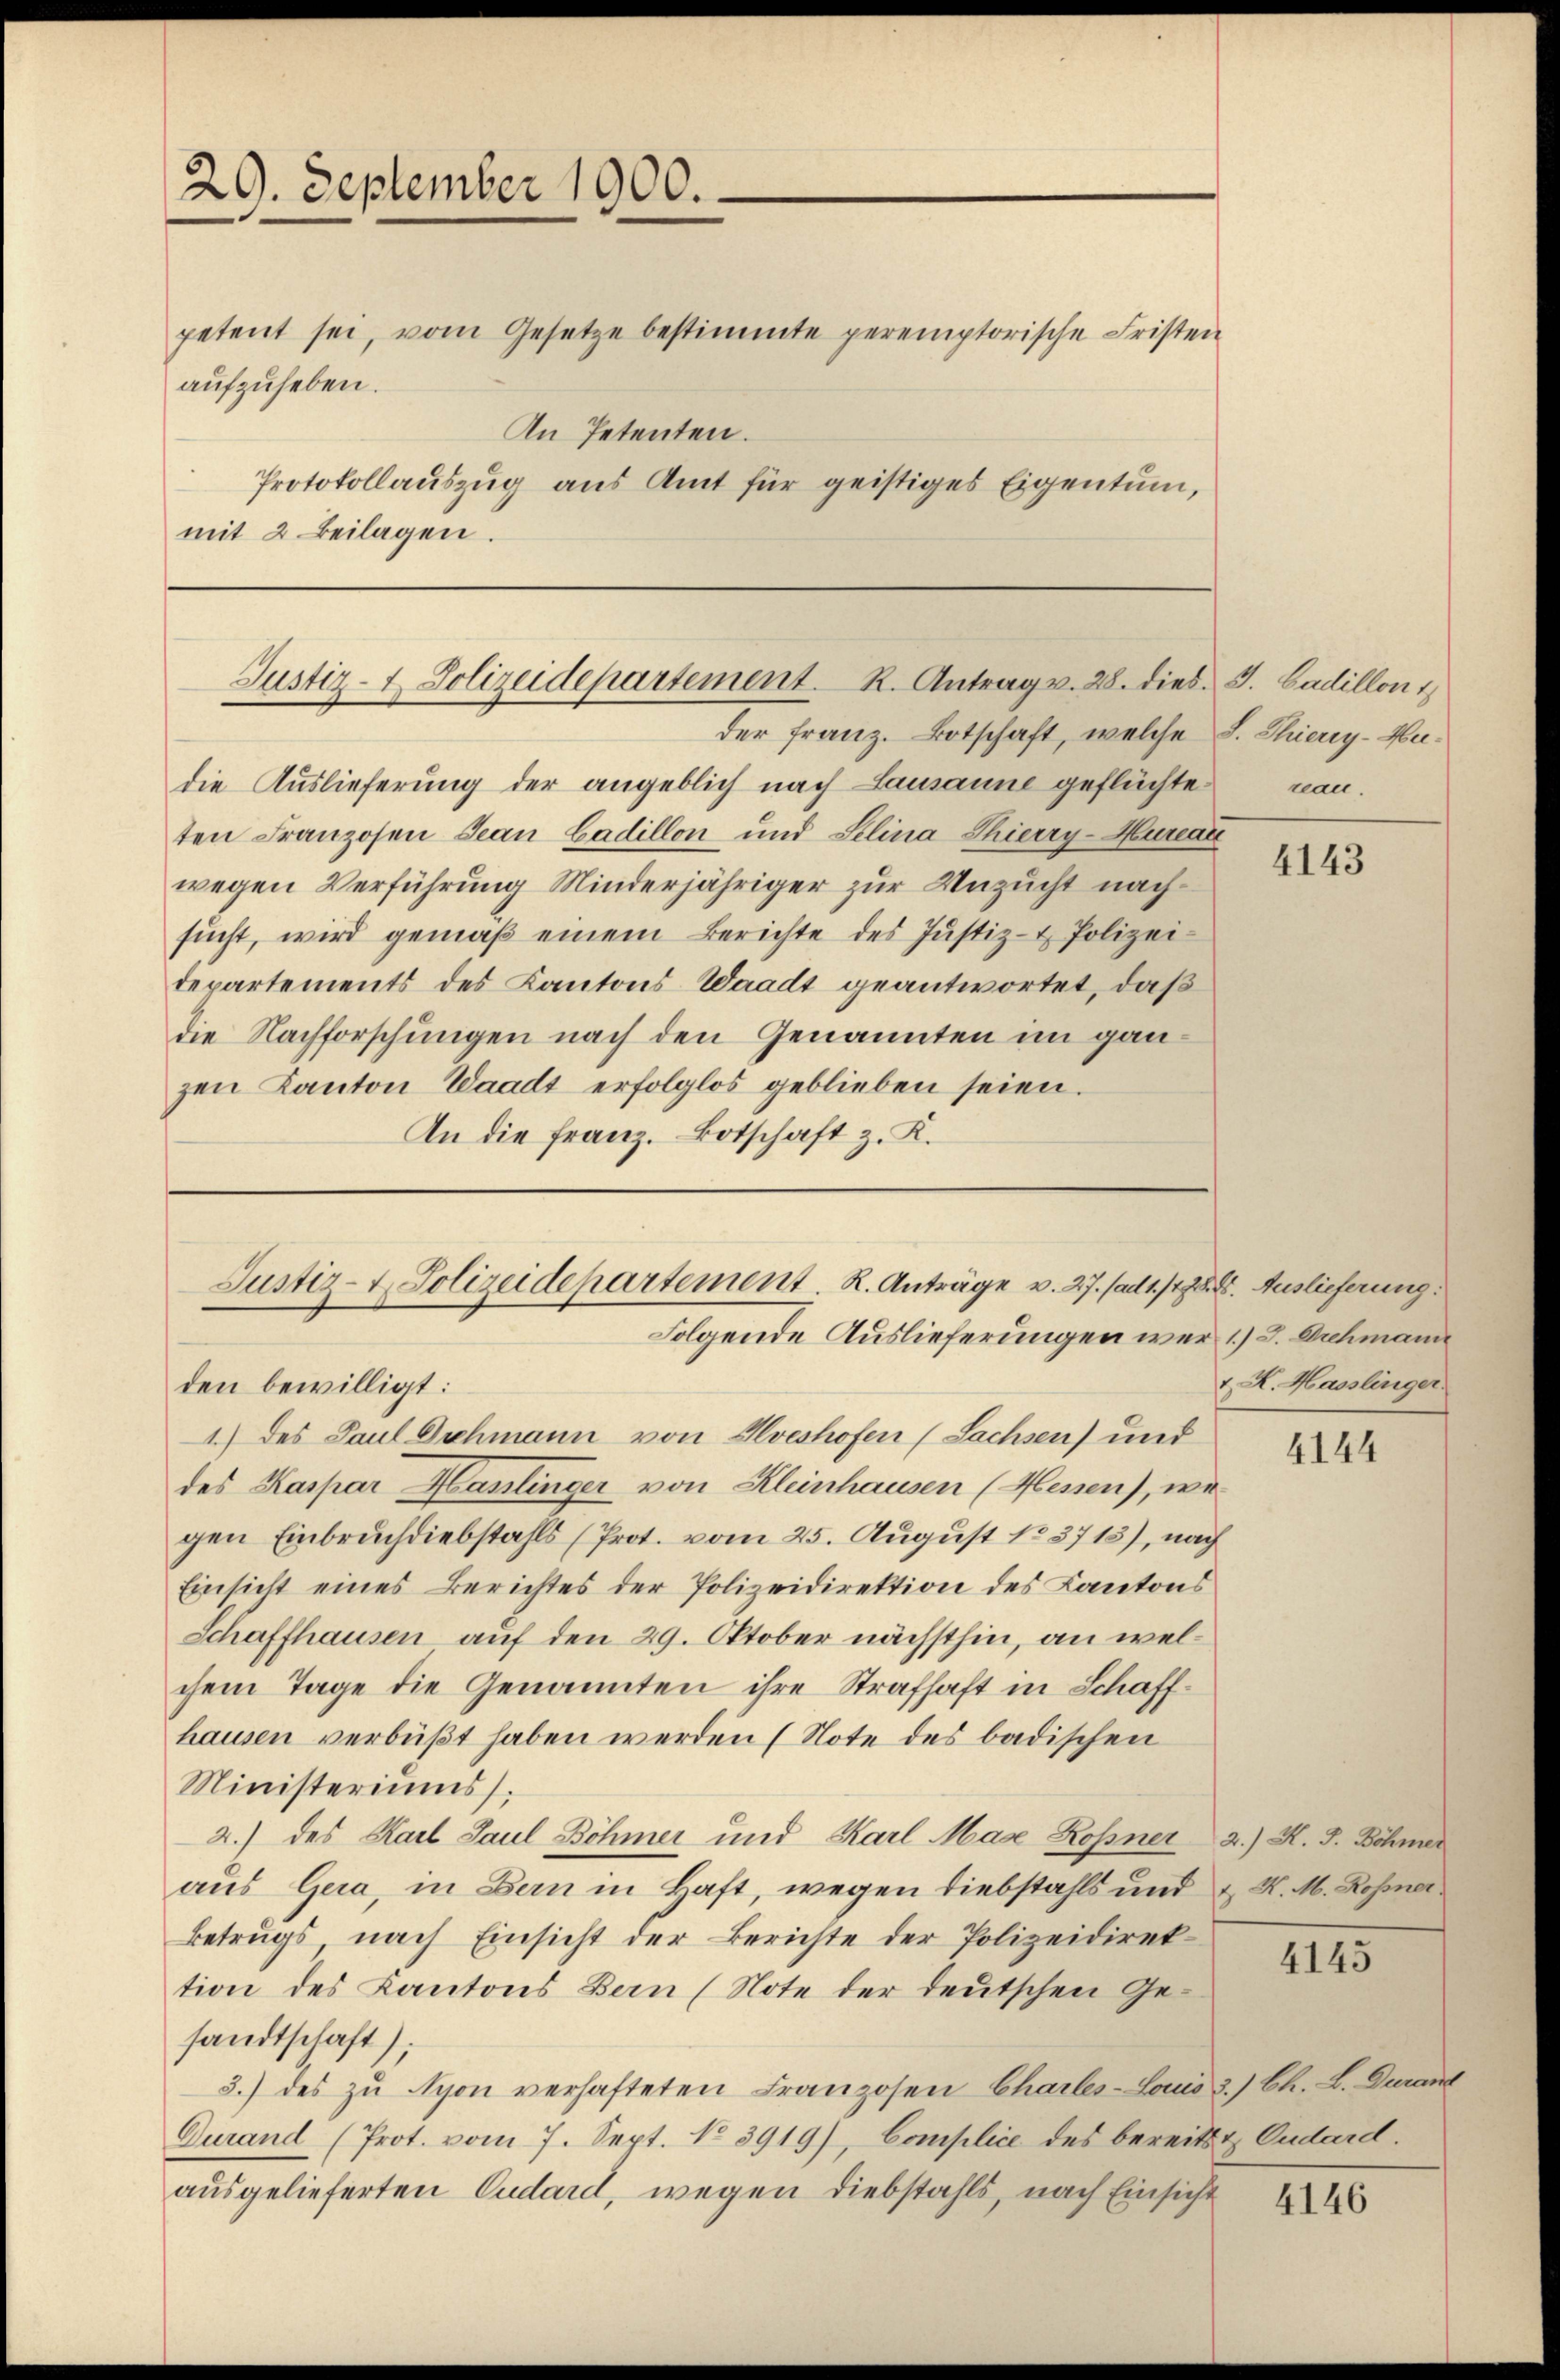
29. September 1900.
petent sei, vom Gesetze bestimmte peremptorische Fristen
An Petenten.
Protokollauszug aus Amt für geistiges Eigentum,
mit 2 Beilagen.

aufzuheben.

Justiz- & Polizeidepartement. K. Antrag v. 28. dies. J. Cadillon 1

die Auslieferung der angeblich nach Lausanne geflüchte
ten Franzosen Jean Cadillon und Selina Thierry-Hureau
wegen Verführung Minderjähriger zur Unzucht nachsŭcht, wird gemäβ einem Berichte des Jŭstiz- & Polizei-
departements des Kantons Waadt geantwortet, daß
die Nachforschungen nach den Genannten im ganzen Kanton Waadt erfolglos geblieben seien.
An die Franz. Botschaft z. K.

Justiz- & Polizeidepartement. K. Anträge v. 27. (ad 1. /178. 8. Auslieferung.
Folgende Auslieferungen wer 1.) J. Schmann
den bewilligt:
1) des Paul Duchmann von Ilveshofen (Sachsen) und

der Franz. Botschaft, welche S. Thieny-Hu¬

des Kaspar Haslinger von Kleinhausen (Messen), wir
gen Einbruchdiebstahls (Prot. vom 25. August 183713), nach
Einsicht eines Berichtes der Polizeidirektion des Kantons
Schaffhausen auf den 29. Oktober nächsthin, an welchem Tage die Genannten ihre Strafhaft in Schaffhausen verbüßt haben werden (Note des badischen
Ministeriums,
2.) des Karl Paul Böhmer und Karl Mase Rossner 2.) K. J. Böhmer
aus Gera, in Bern in Haft, wegen Liebstahls und u. H. M. Rosiner
Betrugs, nach Einsicht der Berichte der Polizeidirektion des Kantons Bern (Note der deutschen Gesandtschaft);
3.) des zu Nyon verhafteten Franzosen Charles-Locus 3.) Ch. L. Duran
Gurand (Prot. vom 7. Sept. No 3919), Complice des bereits & Cudard.
ausgelieferten Cudard, wegen Diebstahls, nach Einsicht

kan.

4143

A. Hasslinger

4144

4145

4146